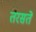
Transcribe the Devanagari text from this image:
तरसतें